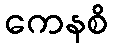
ကေနစိ